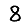
Digit: 8